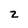
Character: Z